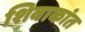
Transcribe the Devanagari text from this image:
शिवाकांत